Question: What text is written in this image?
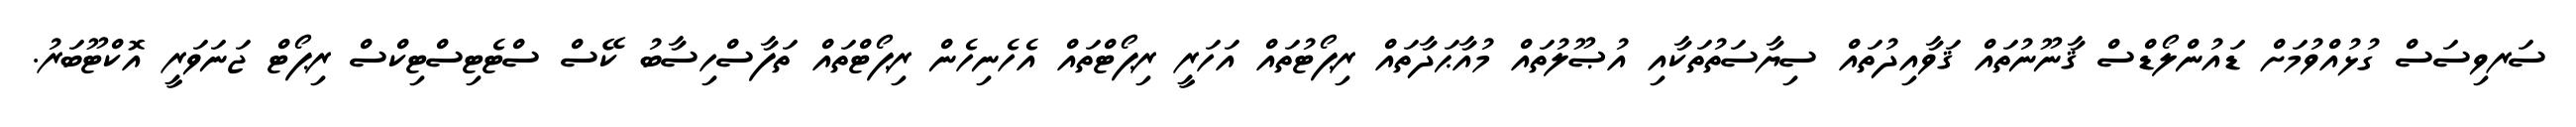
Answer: ސަރވިސަސް ގުޅުއްވުމަށް ޑައުންލޯޑްސް ޤާނޫނުތައް ޤަވާއިދުތައް ސިޔާސަތުތަކާއި އުޞޫލުތައް މުއާޙަދާތައް ރިޕޯޓުތައް އަހަރީ ރިޕޯޓްތައް އެހެނިހެން ރިޕޯޓްތައް ތަފާސްހިސާބު ކޭސް ސްޓެޓިސްޓިކްސް ރިޕޯޓް ޖަނަވަރީ އޮކްޓޫބަރު.